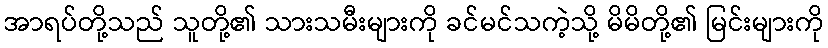
အာရပ်တို့သည် သူတို့၏ သားသမီးများကို ခင်မင်သကဲ့သို့ မိမိတို့၏ မြင်းများကို